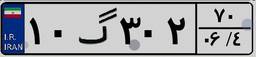
۵۷گ۴۳۹۴۰